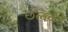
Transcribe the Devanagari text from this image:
छलकी